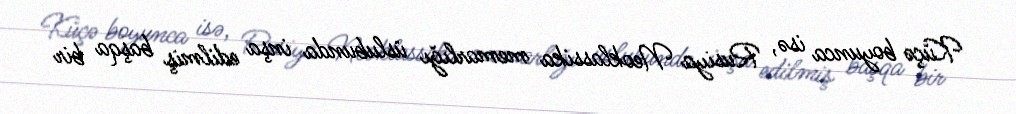
Küçə boyunca isə, Rusiya Neoklassika memarlığı üslubunda inşa edilmiş başqa bir